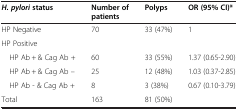
<table><thead><tr><td><b><i>H. pylori</i> status</b></td><td><b>Number of patients</b></td><td><b>Polyps</b></td><td><b>OR (95% CI)*</b></td></tr></thead><tbody><tr><td>HP Negative</td><td>70</td><td>33 (47%)</td><td>1</td></tr><tr><td>HP Positive</td><td> </td><td> </td><td> </td></tr><tr><td> HP Ab + &amp; Cag Ab +</td><td>60</td><td>33 (55%)</td><td>1.37 (0.65-2.90)</td></tr><tr><td> HP Ab + &amp; Cag Ab –</td><td>25</td><td>12 (48%)</td><td>1.03 (0.37-2.85)</td></tr><tr><td> HP Ab - &amp; Cag Ab +</td><td>8</td><td>3 (38%)</td><td>0.67 (0.10-3.79)</td></tr><tr><td>Total</td><td>163</td><td>81 (50%)</td><td> </td></tr></tbody></table>